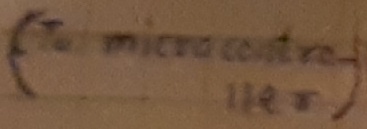
Text: (to mocrocontroller)